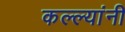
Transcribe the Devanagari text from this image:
कल्ल्यांनी